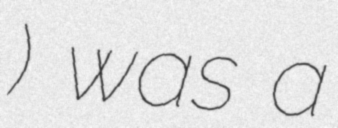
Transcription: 브라질한국학교) was a